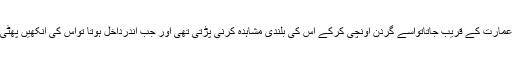
ایک عام آدمی جب عمارت کے قریب جاتاتواسے گردن اونچی کرکے اس کی بلندی مشاہدہ کرنی پڑتی تھی اور جب اندرداخل ہوتا تواس کی آنکھیں پھٹی کی پھٹی رہ جاتیں۔